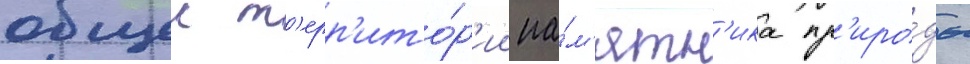
общеи т'ерр'ито́р'ии па́м'ятн'ика пр'иро́ды